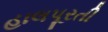
હાલપૂરતી